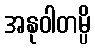
အနုဝါတမ္ပိ